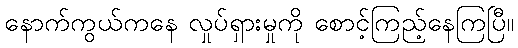
နောက်ကွယ်ကနေ လှုပ်ရှားမှုကို စောင့်ကြည့်နေကြပြီ။